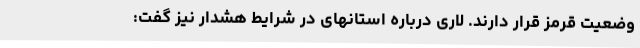
وضعیت قرمز قرار دارند. لاری درباره استانهای در شرایط هشدار نیز گفت: